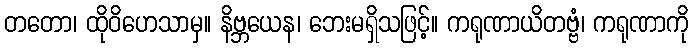
တတော၊ ထိုဝိဟေသာမှ။ နိဗ္ဘယေန၊ ဘေးမရှိသဖြင့်။ ကရုဏာယိတဗ္ဗံ၊ ကရုဏာကို